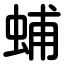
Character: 蜅